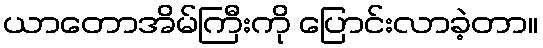
ယာတောအိမ်ကြီးကို ပြောင်းလာခဲ့တာ။